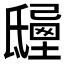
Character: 𣱒